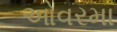
ઓવરમા